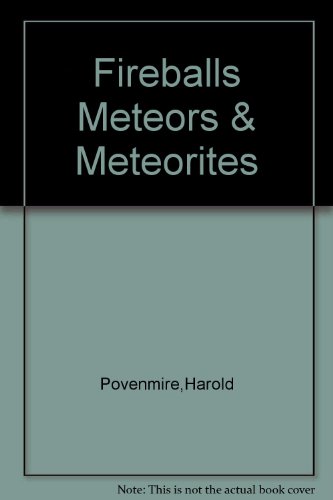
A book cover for Fireballs, meteors & meteorites; Harold R Povenmire; Science & Math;